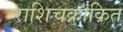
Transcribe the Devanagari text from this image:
राशिचक्रांकित